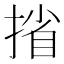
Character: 㨘